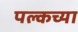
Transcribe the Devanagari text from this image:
पल्कच्या